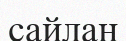
сайлан